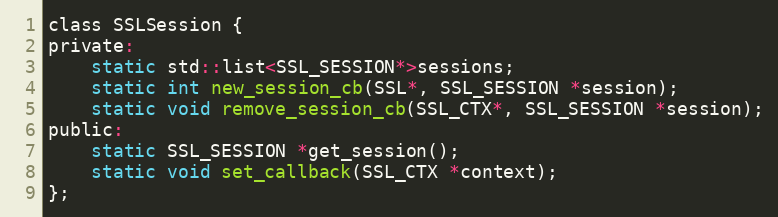
Language: C
class SSLSession {
private:
    static std::list<SSL_SESSION*>sessions;
    static int new_session_cb(SSL*, SSL_SESSION *session);
    static void remove_session_cb(SSL_CTX*, SSL_SESSION *session);
public:
    static SSL_SESSION *get_session();
    static void set_callback(SSL_CTX *context);
};